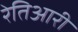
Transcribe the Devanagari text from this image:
रेतिआरी